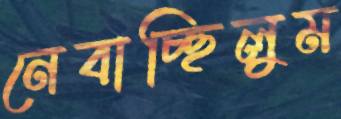
নেবাচ্ছিলুম